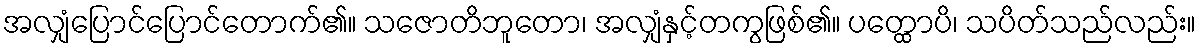
အလျှံပြောင်ပြောင်တောက်၏။ သဇောတိဘူတော၊ အလျှံနှင့်တကွဖြစ်၏။ ပတ္ထောပိ၊ သပိတ်သည်လည်း။